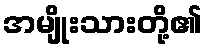
အမျိုးသားတို့၏